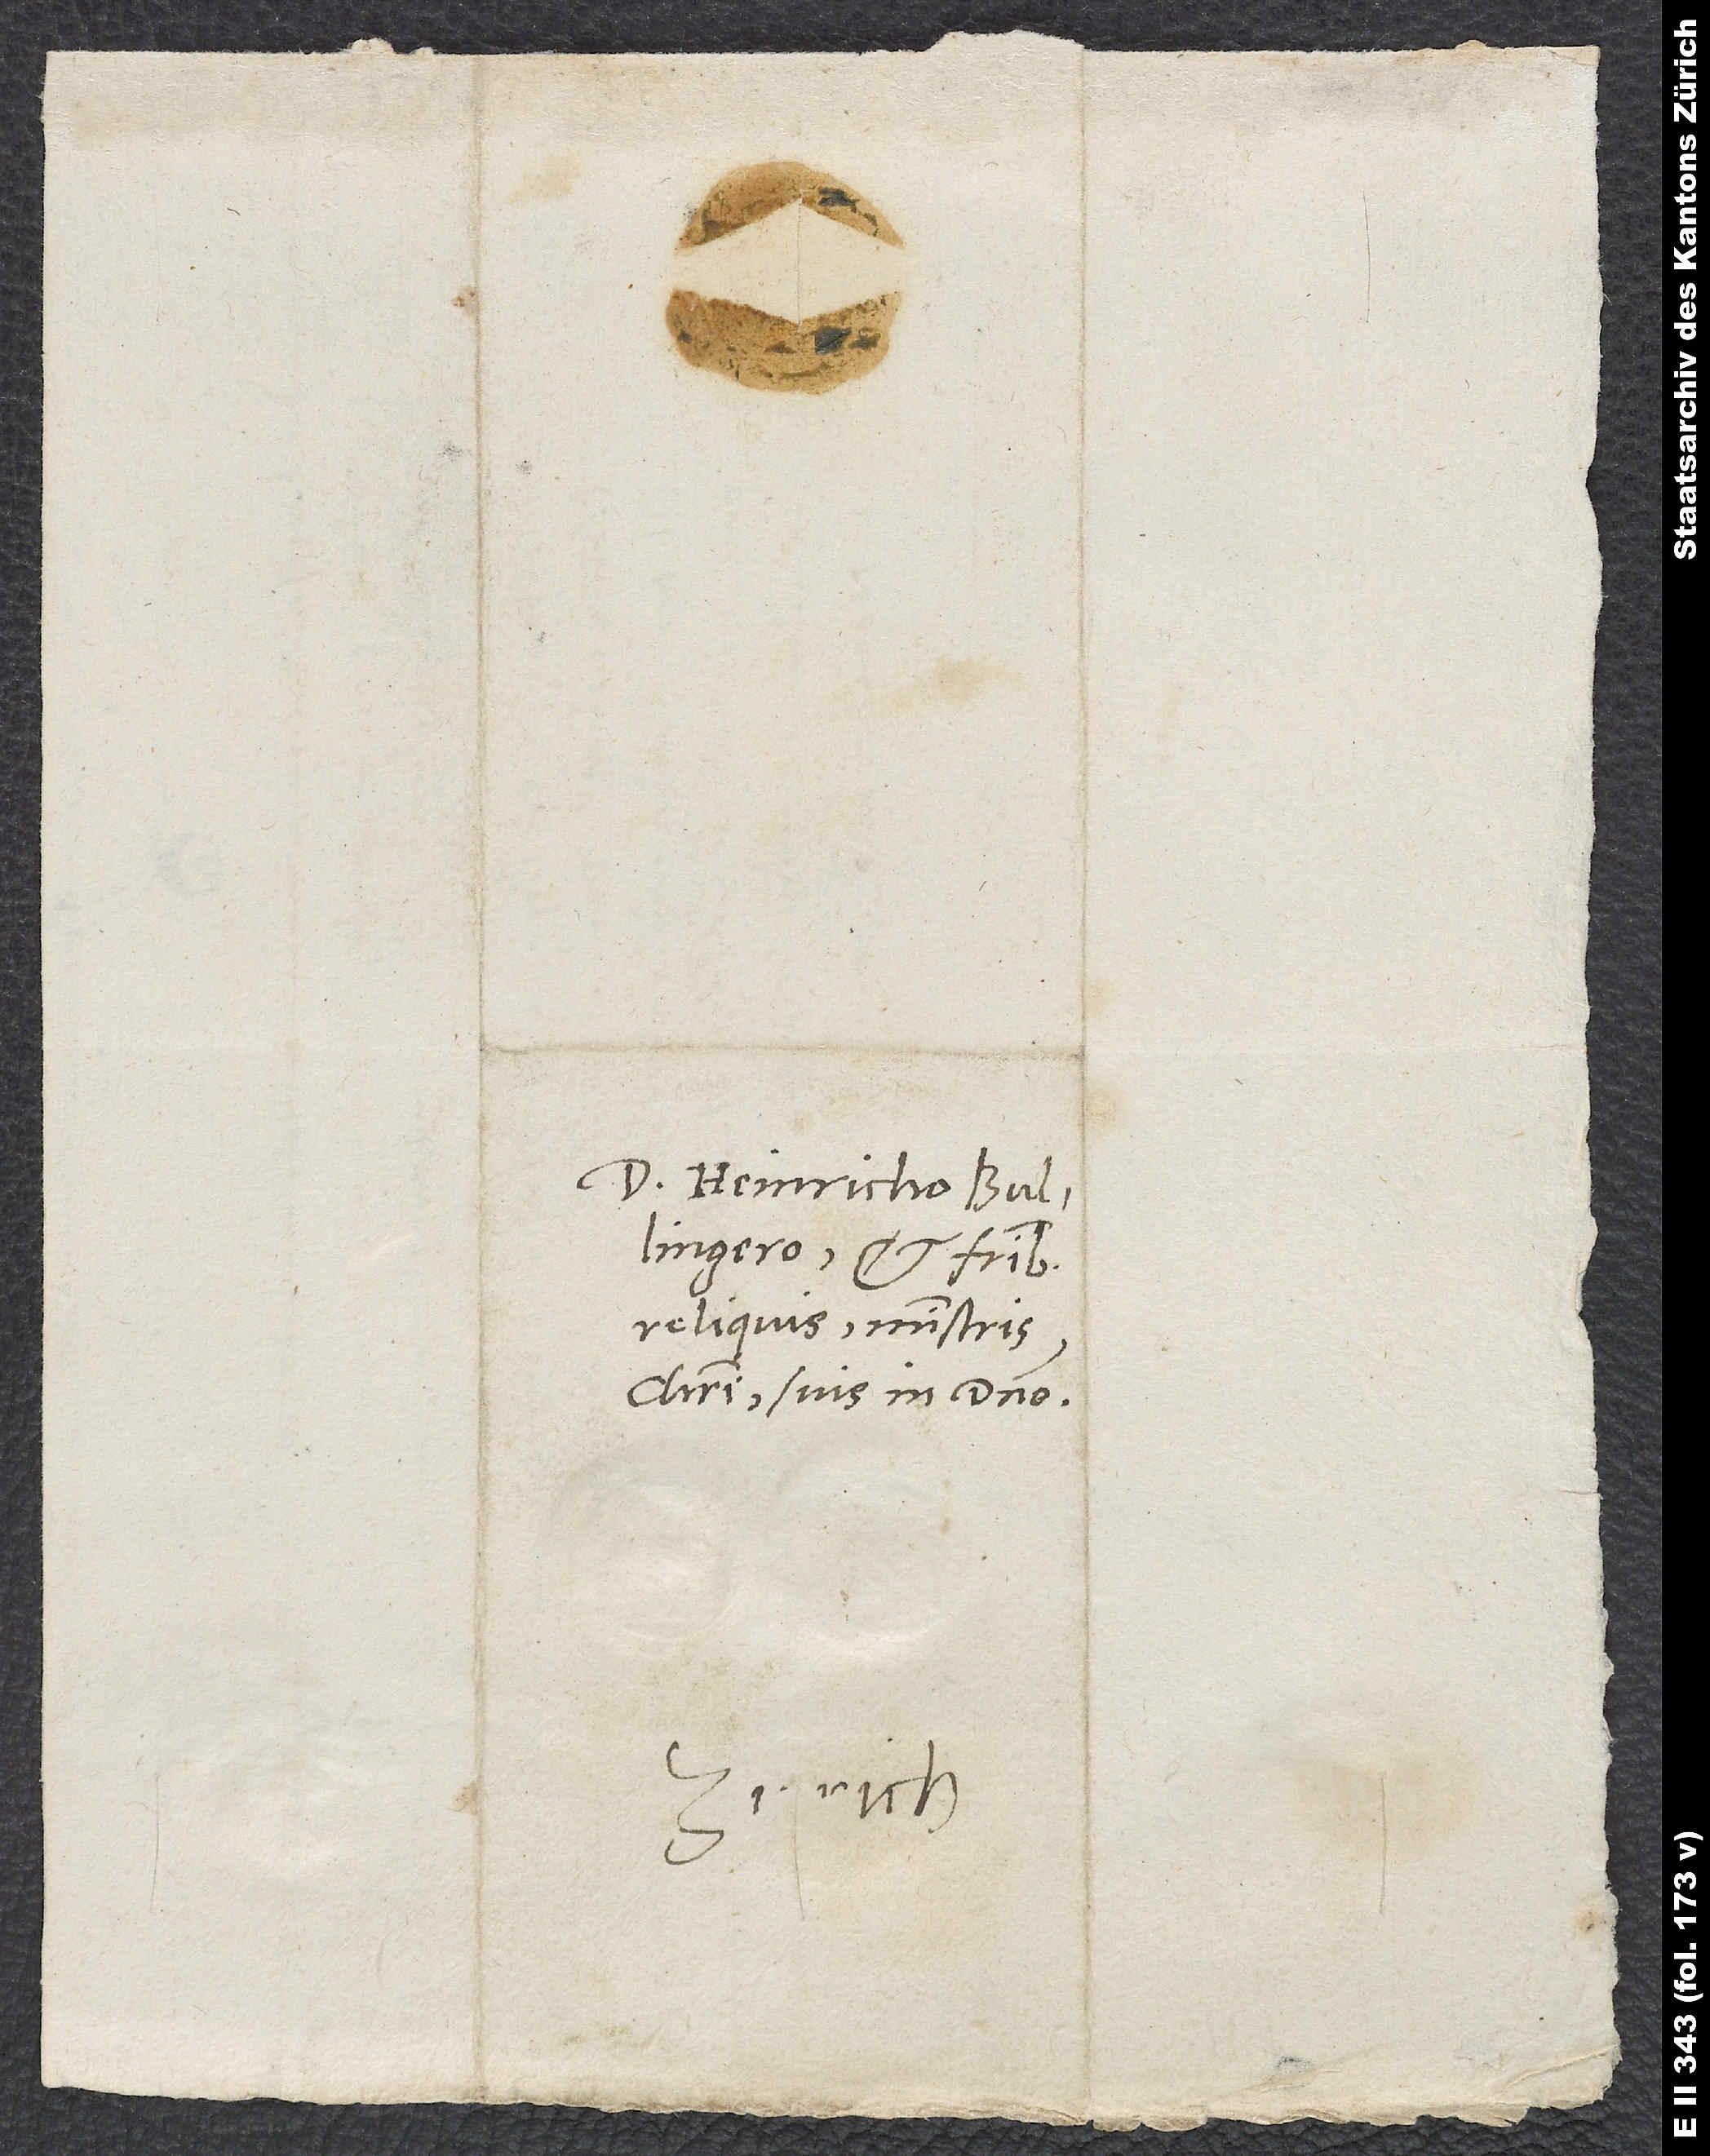
Domino Heinricho Bullingero
reliquis, ministris
Christi, suis in domino.
Zurich.